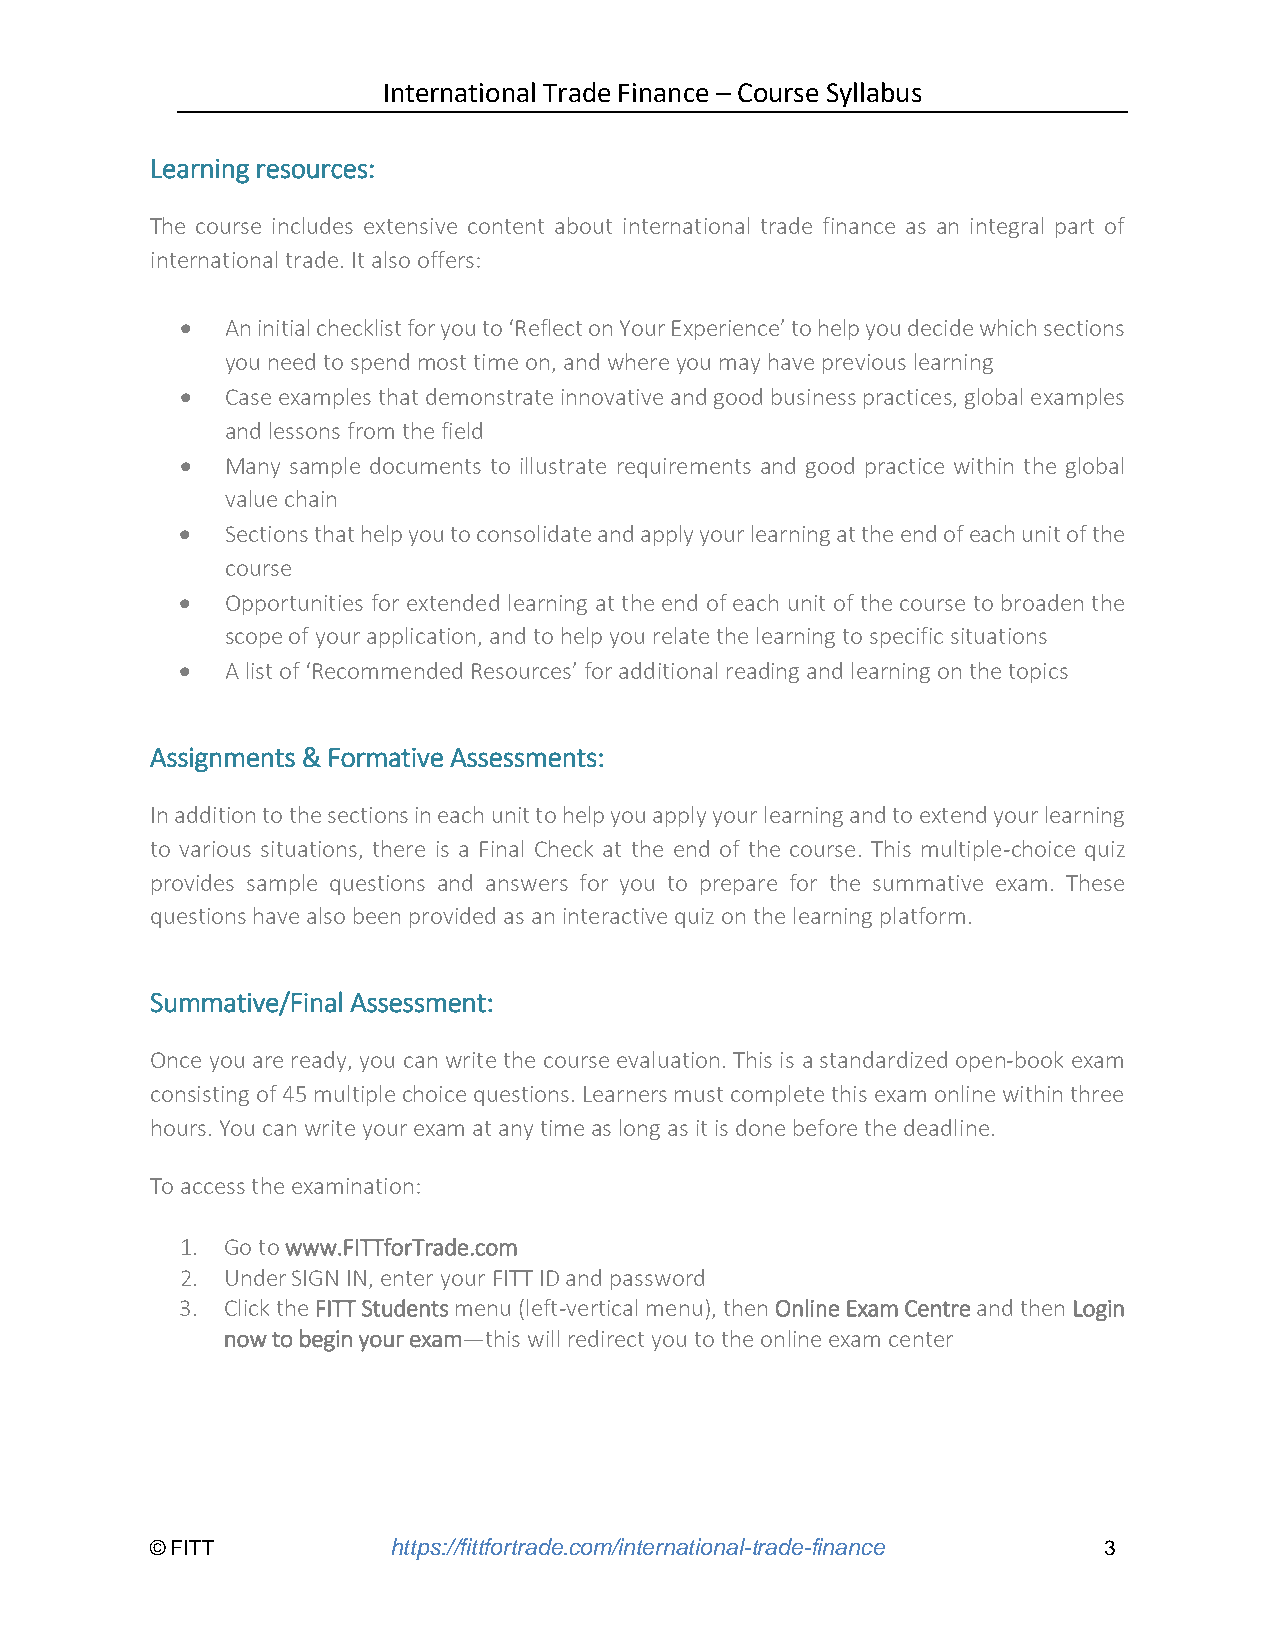
International Trade Finance – Course Syllabus
 Learning resources:
 The course includes extensive content about international trade finance as an integral part of
 international trade. It also offers:
 •  An initial checklist for you to ‘Reflect on Your Experience’ to help you decide which sections
 you need to spend most time on, and where you may have previous learning
 •  Case examples that demonstrate innovative and good business practices, global examples
 and lessons from the field
 •  Many sample documents to illustrate requirements and good practice within the global
 value chain
 •  Sections that help you to consolidate and apply your learning at the end of each unit of the
 course
 •  Opportunities for extended learning at the end of each unit of the course to broaden the
 scope of your application, and to help you relate the learning to specific situations
 •  A list of ‘Recommended Resources’ for additional reading and learning on the topics
 Assignments & Formative Assessments:
 In addition to the sections in each unit to help you apply your learning and to extend your learning
 to various situations, there is a Final Check at the end of the course. This multiple-choice quiz
 provides sample questions and answers for you to prepare for the summative exam. These
 questions have also been provided as an interactive quiz on the learning platform.
 Summative/Final Assessment:
 Once you are ready, you can write the course evaluation. This is a standardized open-book exam
 consisting of 45 multiple choice questions. Learners must complete this exam online within three
 hours. You can write your exam at any time as long as it is done before the deadline.
 To access the examination:
 1. Go to www.FITTforTrade.com
 2. Under SIGN IN, enter your FITT ID and password
 3. Click the FITT Students menu (left-vertical menu), then Online Exam Centre and then Login
 now to begin your exam—this will redirect you to the online exam center
 © FITT          https://fittfortrade.com/international-trade-finance 3